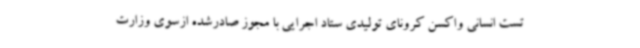
تست انسانی واکسن کرونای تولیدی ستاد اجرایی با مجوز صادرشده ازسوی وزارت